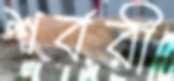
শর্বরী